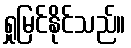
ရှုမြင်နိုင်သည်။